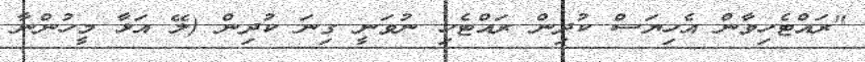
"ރައްޓެހިވާން އެހިޔަސް ކުދިން ރައްޓެހި ނުވަނީ ގިނަ ކުދިން (ލޭ އަޅާ މީހުންނާ